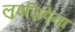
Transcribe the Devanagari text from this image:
लुइज़िऐना